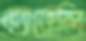
ক্যারোলি